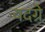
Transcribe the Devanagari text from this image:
यदग्रे